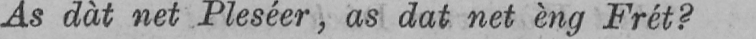
As dàt net Pleséer, as dat net èng Frét?